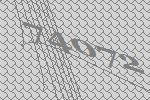
74072